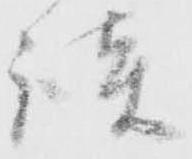
談